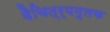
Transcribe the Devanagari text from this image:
वैचित्र्यमूलक